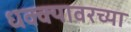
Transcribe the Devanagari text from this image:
धक्क्यावरच्या